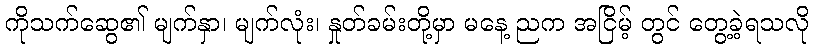
ကိုသက်ဆွေ၏ မျက်နှာ၊ မျက်လုံး၊ နှုတ်ခမ်းတို့မှာ မနေ့ ညက အငြိမ့် တွင် တွေ့ခဲ့ရသလို